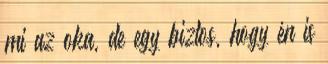
mi az oka, de egy biztos, hogy én is